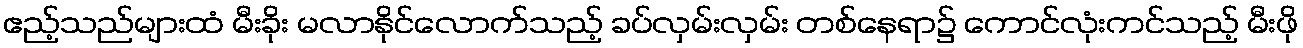
ဧည့်သည်များထံ မီးခိုး မလာနိုင်လောက်သည့် ခပ်လှမ်းလှမ်း တစ်နေရာ၌ ကောင်လုံးကင်သည့် မီးဖို